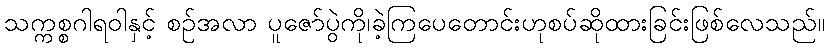
သက္ကစ္စဂါရဝါနှင့် စဉ်အလာ ပူဇော်ပွဲကို၊ခဲ့ကြပေတောင်းဟုစပ်ဆိုထားခြင်းဖြစ်လေသည်။